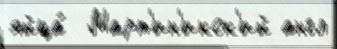
яйца́  Март'ин'икск'ий англ